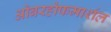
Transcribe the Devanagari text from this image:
ओबरहोफमार्शल